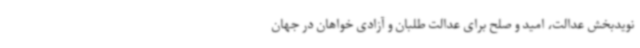
نویدبخش عدالت، امید و صلح برای عدالت طلبان و آزادی خواهان در جهان